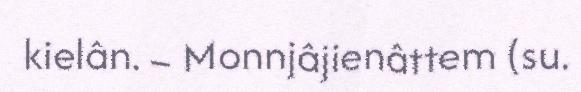
kielân. – Monnjâjienâttem (su.